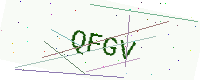
Text: QFGV